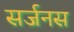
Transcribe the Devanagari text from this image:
सर्जनस